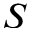
S